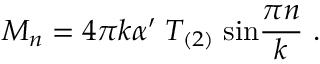
M _ { n } = 4 \pi k \alpha ^ { \prime } \; T _ { ( 2 ) } \; \mathrm { s i n } { \frac { \pi n } { k } } \ .